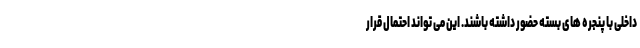
داخلی با پنجره های بسته حضور داشته باشند. این می تواند احتمال قرار